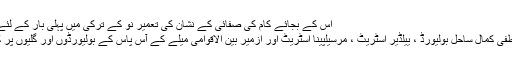
اس کے بجائے کام کی صفائی کے نشان کی تعمیر نو کے ترکی میں پہلی بار کے لئے کیا جاتا ہے.
پہلے کام مصطفیٰ کمال ساحل بولیورڈ ، ییلڈیر اسٹریٹ ، مرسیلپینا اسٹریٹ اور ازمیر بین الاقوامی میلے کے آس پاس کے بولیورڈوں اور گلیوں پر کئے گئے ہیں۔